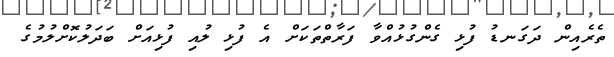
ތެރެއިން ދަގަނޑު ފުޅި ގެންގުޅުއްވާ ފަރާތްތަކަށް އެ ފުޅި ލުއި ފުޅިއަށް ބަދަލުކޮށްލުމުގެ